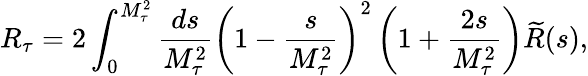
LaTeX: R_{\tau}=2\int_{0}^{M_{\tau}^{2}}\frac{ds}{M_{\tau}^{2}}\left(1-\frac{s}{M_{\tau}^{2}}\right)^{2}\left(1+\frac{2s}{M_{\tau}^{2}}\right)\widetilde{R}(s),